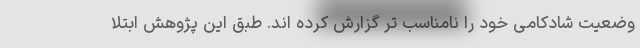
وضعیت شادکامی خود را نامناسب تر گزارش کرده اند. طبق این پژوهش ابتلا